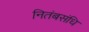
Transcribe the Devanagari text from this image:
नितंबसंधि